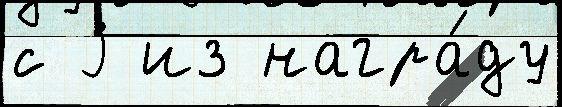
с j из награ́ду